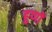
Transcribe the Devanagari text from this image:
हुणों